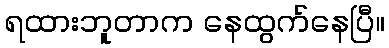
ရထားဘူတာက နေထွက်နေပြီ။